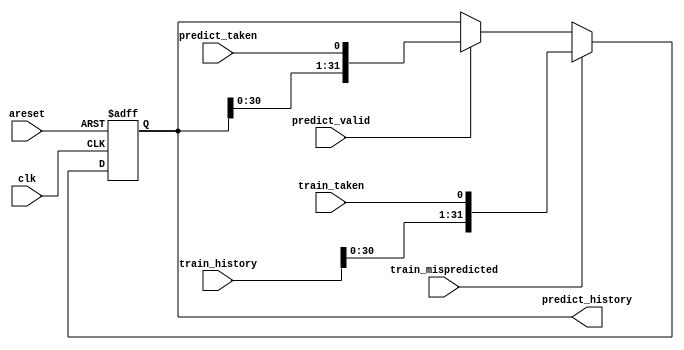
module top_module(
    input clk,
    input areset,

    input predict_valid,
    input predict_taken,
    output reg [31:0] predict_history,

    input train_mispredicted,
    input train_taken,
    input [31:0] train_history
);
    always @(posedge clk, posedge areset) begin
        if(areset)
            predict_history <= 0;
        else if(train_mispredicted)
            predict_history <= {train_history[30:0], train_taken};
        else if(predict_valid)
            predict_history <= {predict_history[30:0], predict_taken};
        else
            predict_history <= predict_history;
    end

endmodule